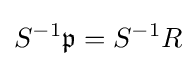
S^{-1}{\mathfrak {p}}=S^{-1}R